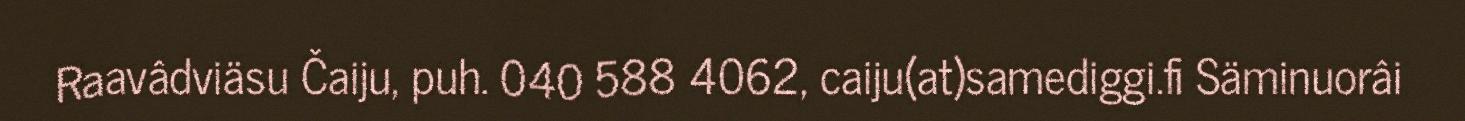
Raavâdviäsu Čaiju, puh. 040 588 4062, caiju(at)samediggi.fi Säminuorâi